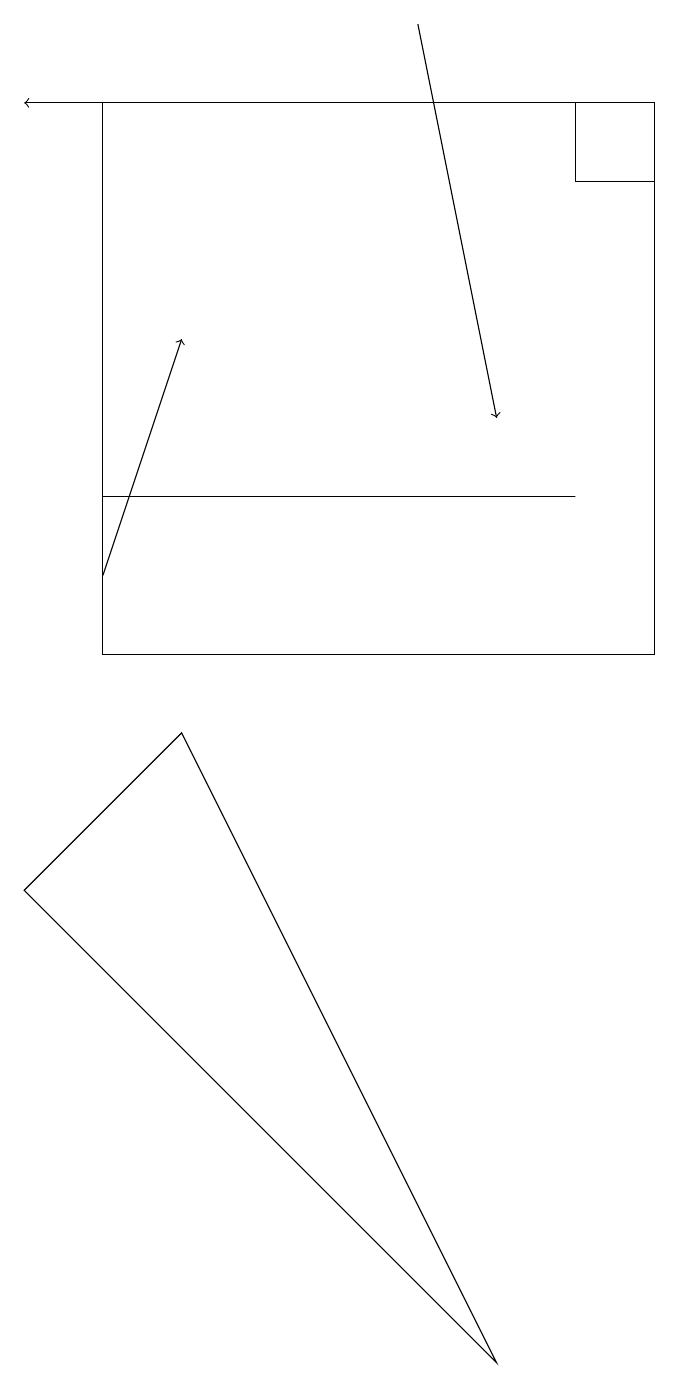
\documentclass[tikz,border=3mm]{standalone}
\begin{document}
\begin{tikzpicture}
\draw (6,1) -- (0,7) -- (2,9) -- cycle;
\draw[->] (5,17) -- (0,17);
\draw (8,16) rectangle (7,17);
\draw (1,12) rectangle (7,12);
\draw[->] (5,18) -- (6,13);
\draw[->] (1,11) -- (2,14);
\draw (8,10) rectangle (1,17);
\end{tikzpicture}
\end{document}